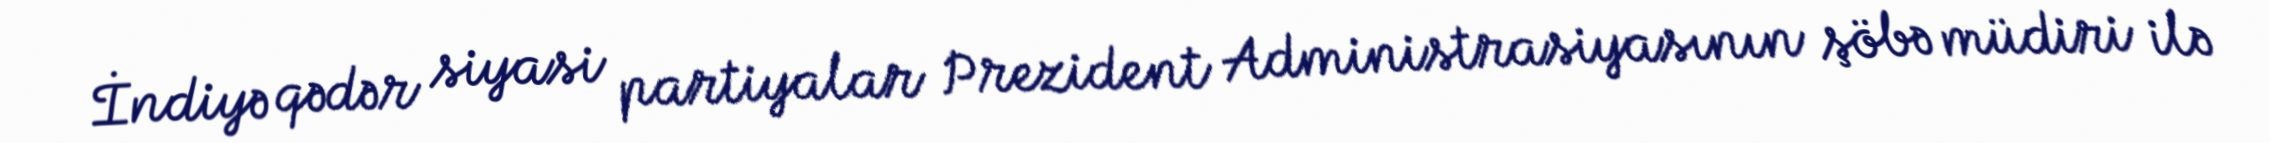
İndiyə qədər siyasi partiyalar Prezident Administrasiyasının şöbə müdiri ilə